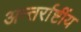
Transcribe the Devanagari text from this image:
अन्तर्राष्टींय